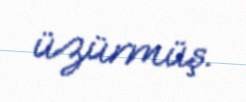
üzürmüş.